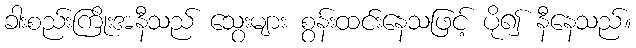
ခါးစည်းကြိုးအနီသည် သွေးများ စွန်းထင်းနေသဖြင့် ပို၍ နီနေသည်။